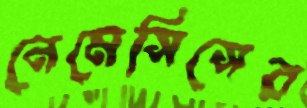
নেমেসিসের